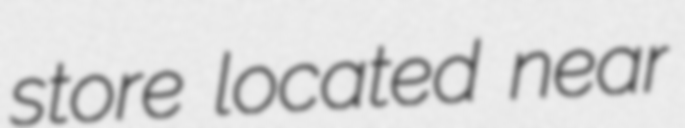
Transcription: store located near